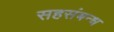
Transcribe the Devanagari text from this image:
सहसंबन्ध